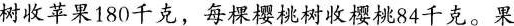
树收苹果180千克，每棵樱桃树收樱桃84千克。果